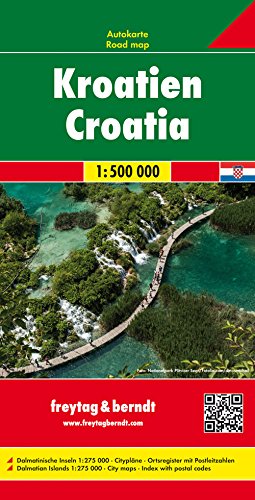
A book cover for Croatia 1:500,000 (English, Spanish, French, Italian and German Edition); fb; Travel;